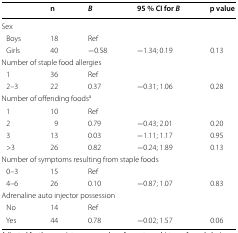
<table><thead><tr><td>[EMPTY_CELL]</td><td><b>n</b></td><td><b><i>B</i></b></td><td><b>95 % CI for <i>B</i></b></td><td><b>p value</b></td></tr></thead><tbody><tr><td colspan="5">Sex</td></tr><tr><td> Boys</td><td>18</td><td>Ref</td><td>[EMPTY_CELL]</td><td>[EMPTY_CELL]</td></tr><tr><td> Girls</td><td>40</td><td>−0.58</td><td>−1.34; 0.19</td><td>0.13</td></tr><tr><td colspan="5">Number of staple food allergies</td></tr><tr><td> 1</td><td>36</td><td>Ref</td><td>[EMPTY_CELL]</td><td>[EMPTY_CELL]</td></tr><tr><td> 2–3</td><td>22</td><td>0.37</td><td>−0.31; 1.06</td><td>0.28</td></tr><tr><td colspan="5">Number of offending foods<sup>a</sup></td></tr><tr><td> 1</td><td>10</td><td>Ref</td><td>[EMPTY_CELL]</td><td>[EMPTY_CELL]</td></tr><tr><td> 2</td><td>9</td><td>0.79</td><td>−0.43; 2.01</td><td>0.20</td></tr><tr><td> 3</td><td>13</td><td>0.03</td><td>−1.11; 1.17</td><td>0.95</td></tr><tr><td> &gt;3</td><td>26</td><td>0.82</td><td>−0.24; 1.89</td><td>0.13</td></tr><tr><td colspan="5">Number of symptoms resulting from staple foods</td></tr><tr><td> 0–3</td><td>15</td><td>Ref</td><td>[EMPTY_CELL]</td><td>[EMPTY_CELL]</td></tr><tr><td> 4–6</td><td>26</td><td>0.10</td><td>−0.87; 1.07</td><td>0.83</td></tr><tr><td colspan="5">Adrenaline auto injector possession</td></tr><tr><td> No</td><td>14</td><td>Ref</td><td>[EMPTY_CELL]</td><td>[EMPTY_CELL]</td></tr><tr><td> Yes</td><td>44</td><td>0.78</td><td>−0.02; 1.57</td><td>0.06</td></tr></tbody></table>